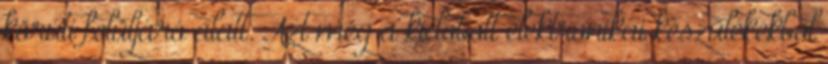
körúti felüljáró alatt. Azt még a kidobott elektronikai készülékekből